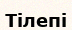
Тілепі